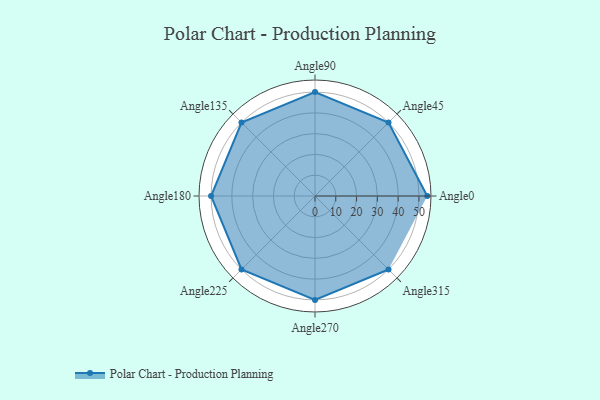
{"axis": {"x": "Angle", "y": "Radius"}, "legend": [""], "data": [{"x": "Angle0", "y": 54.0, "type": ""}, {"x": "Angle45", "y": 50, "type": ""}, {"x": "Angle90", "y": 50, "type": ""}, {"x": "Angle135", "y": 50, "type": ""}, {"x": "Angle180", "y": 50, "type": ""}, {"x": "Angle225", "y": 50, "type": ""}, {"x": "Angle270", "y": 50, "type": ""}, {"x": "Angle315", "y": 50, "type": ""}]}